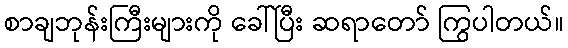
စာချဘုန်းကြီးများကို ခေါ်ပြီး ဆရာတော် ကြွပါတယ်။